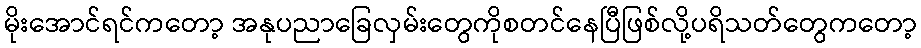
မိုးအောင်ရင်ကတော့ အနုပညာခြေလှမ်းတွေကိုစတင်နေပြီဖြစ်လို့ပရိသတ်တွေကတော့